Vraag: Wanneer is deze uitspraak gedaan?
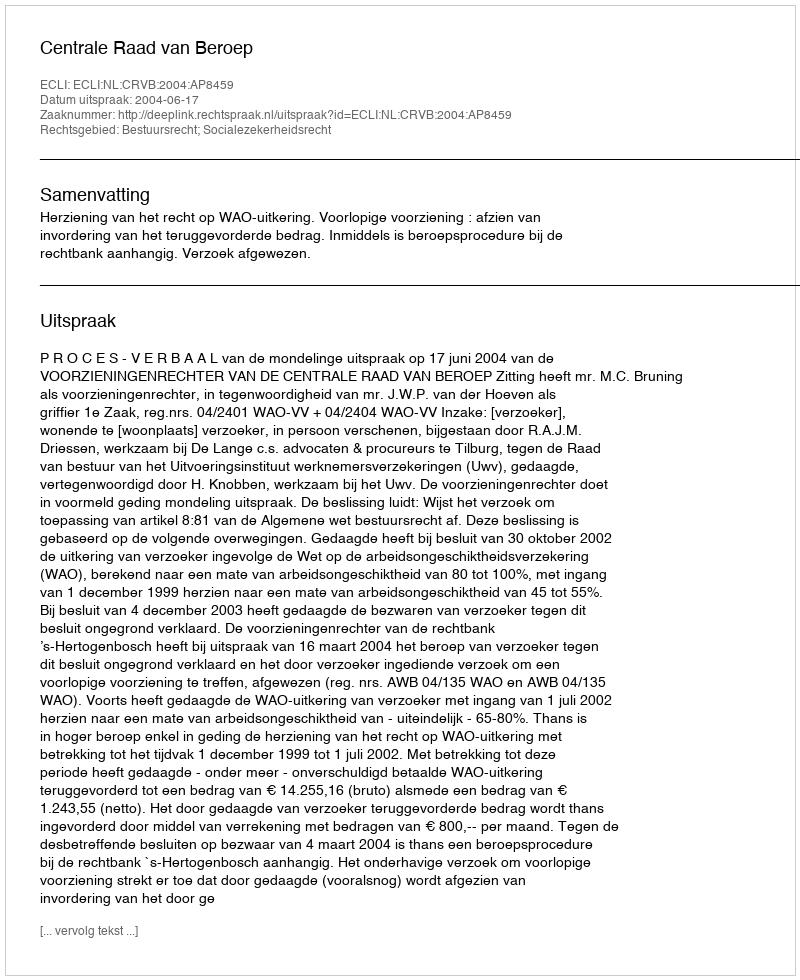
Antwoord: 2004-06-17